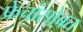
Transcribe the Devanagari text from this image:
फ्रेंचांसोबत